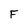
Character: F